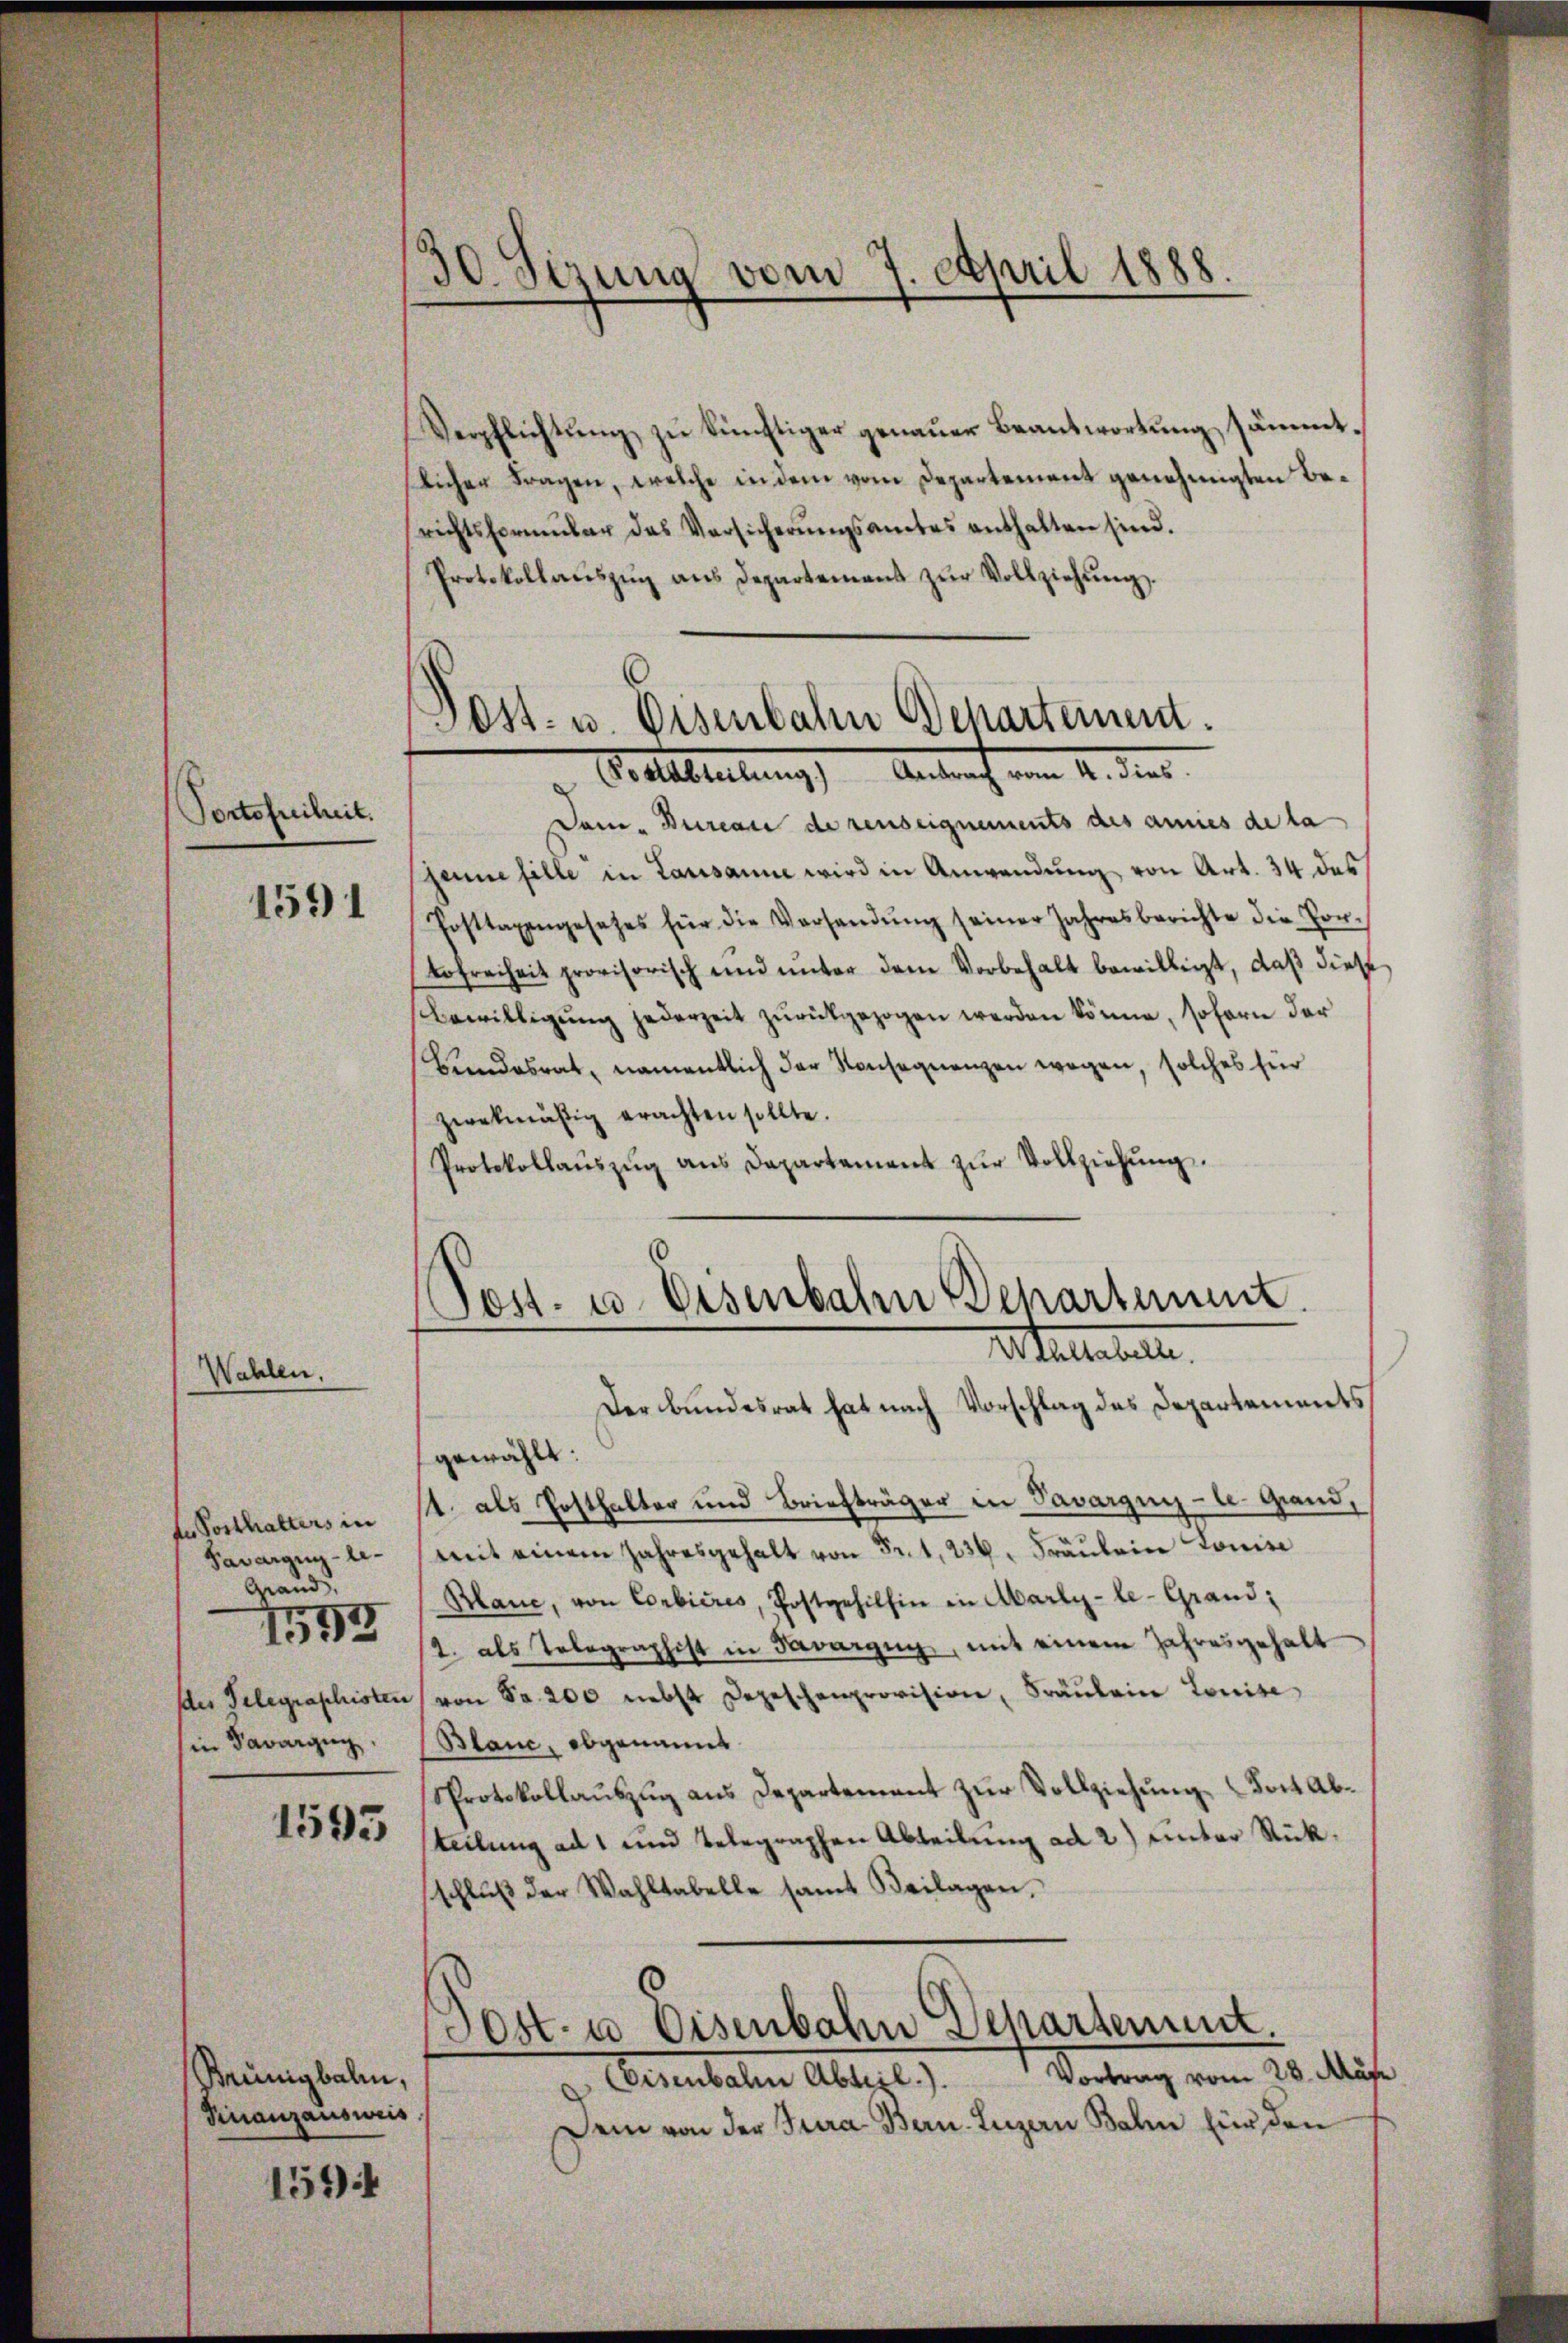
Portofreiheit.

1591

Wahlen.

de Posthalters in
Savargug-le-
Grand,
des Gelegraphisten
in Savargun

1553

1595

Brünigbalen,
Finanzausweis

1594

30 Sezung vom 7. April 1888.

Verpflichtŭng zŭ künftiger genaŭer Beantwortŭng sämmtlicher Fragen, welche in dem vom Departement genehmigten Berichtsformŭlar das Versicherŭngsamtes enthalten sind.
Protokollaŭszŭg ans Departemens zŭr Vollziehŭng.

.
Post- u. Eisenbahn Departeinen.
Gralstellung    Antraf vom 4. die

Post- u. Eisenbahn Departement.
Stelletete.

Dam. Burcare de renseignements des amies de la
sanne fille in Lausanne wird in Anwendung von Art. 34 das
Posttaxengesetzes für die Versandŭng seiner Jahresberichte die For-
Lofreiheit provisorisch und unter dem Vorbehalt bewilligt, daß diese
bewilligŭng jederzeit zŭrückgezogen werden könne, sofern der
Bundesrat, namentlich der Konsequenzen wegen, solches für
zwekmäßig erachten sollte.
Protokollaŭszŭg ans Departement zŭr Vollziehung.

Der Bundesrat hat nach Vorschlag des Departements
gewählt:
12. als Posthalter und Briefträger in Tavargui- le. Grand,
mit einem Jahresgehalt von Fr. 1, 236. Fräulein Louise
Blanc, von Corbières, Postgehilhin in Abarly-le-Grand:
2. als Telegraphist in Savarzug, mit einem Jahresgehalt
von Fr. 200 nebst Depeschenprovision, Fräulein Louise
Blanc, obgenannt
Protokollaŭszŭg ans Departement zŭr Vollziehung dort abteilung ad 1 und telegraphen Abteilung ad 2) unter Rückschlŭβ der Wahltabelle samt Beilagen,
Post- u. Eisenbahn Departement
Benutaler Ablegt. Vortrag vom 20. Miß
Dem von der Jura Bern. Luzern Bahn für den